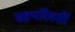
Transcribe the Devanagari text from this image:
सहपरिवर्ती